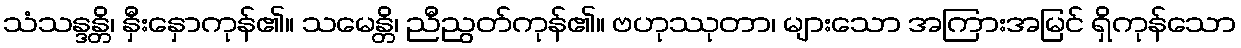
သံသန္ဒန္တိ၊ နှီးနှောကုန်၏။ သမေန္တိ၊ ညီညွတ်ကုန်၏။ ဗဟုဿုတာ၊ များသော အကြားအမြင် ရှိကုန်သော